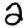
Digit: 2